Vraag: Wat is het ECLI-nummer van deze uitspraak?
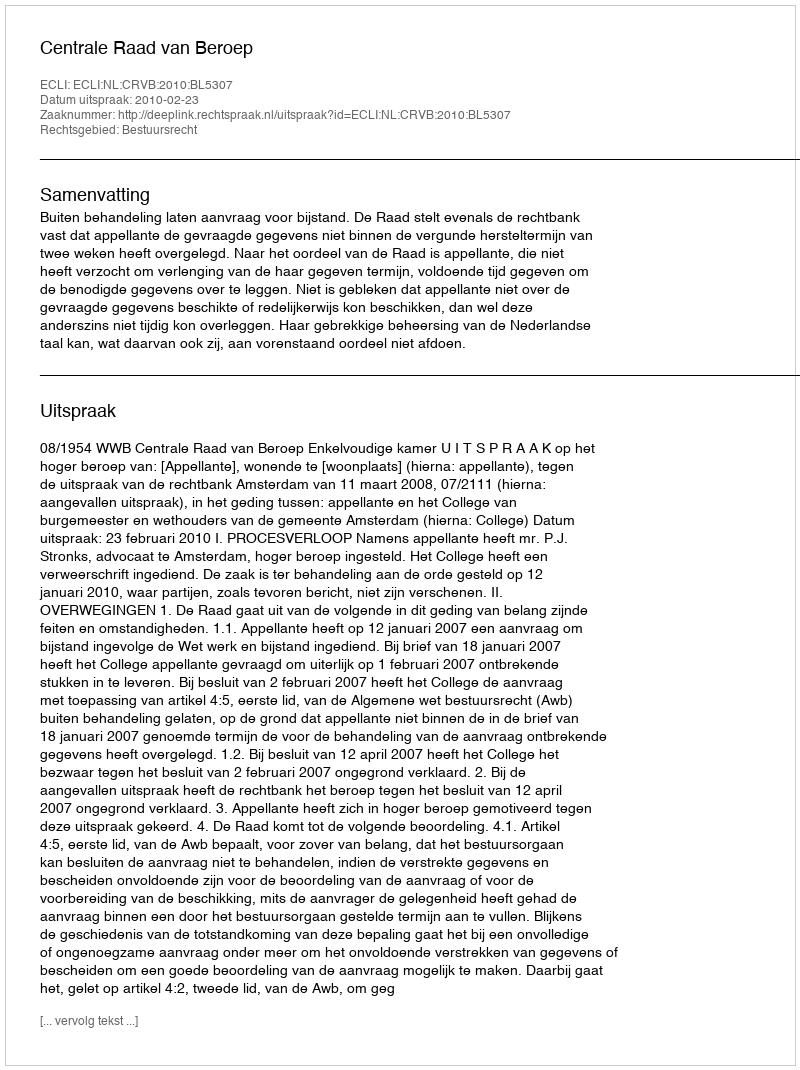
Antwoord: ECLI:NL:CRVB:2010:BL5307